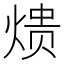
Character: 𮳱